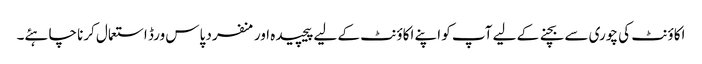
اکاؤنٹ کی چوری سے بچنے کے لیے آپ کو اپنے اکاؤنٹ کے لیے پیچیدہ اور منفرد پاس ورڈ استعمال کرنا چاہئے۔